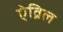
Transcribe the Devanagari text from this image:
ऐव्रिल